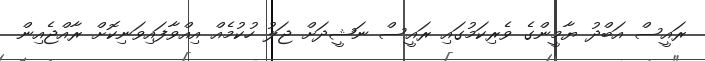
ރައީސް އަބްދު ޔާމީންގެ ވެރިކަމުގައި ރައީސް ނަޝީދަށް ޖަލު ހުކުމެއް އިއްވާފައިވަނިކޮށް ރާއްޖެއިން